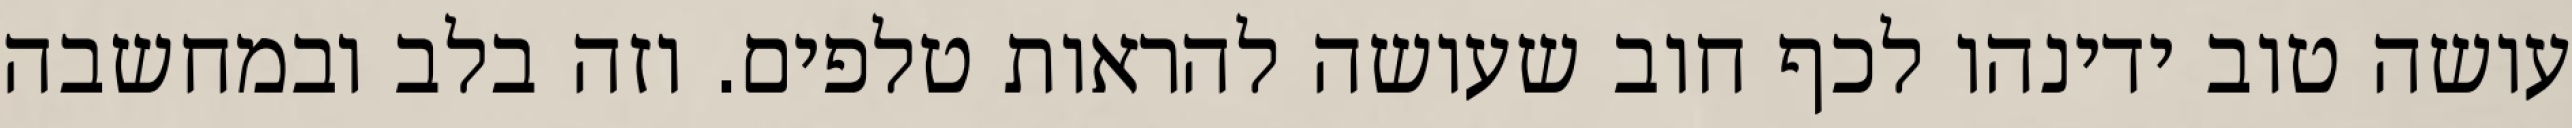
עושה טוב ידינהו לכף חוב שעושה להראות טלפים. וזה בלב ובמחשבה